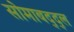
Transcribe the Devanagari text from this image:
सोमाबद्द्ल